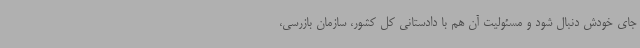
جای خودش دنبال شود و مسئولیت آن هم با دادستانی کل کشور، سازمان بازرسی،